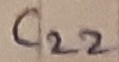
Text: C22